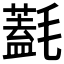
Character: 𣰛